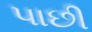
પાછી